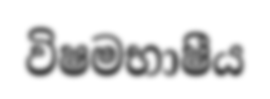
විෂමභාෂීය